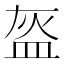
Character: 盔